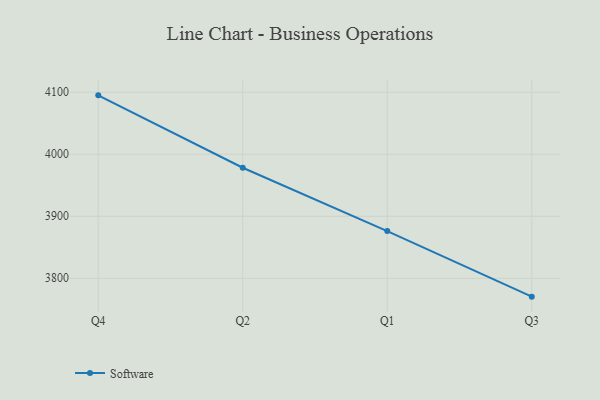
{"axis": {"x": "Quarter", "y": "Page Views"}, "legend": ["Software"], "data": [{"x": "Q4", "y": 4095.0, "type": "Software"}, {"x": "Q2", "y": 3978.3, "type": "Software"}, {"x": "Q1", "y": 3876.1, "type": "Software"}, {"x": "Q3", "y": 3770.4, "type": "Software"}]}